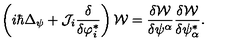
\left( i \hbar \Delta _ { \psi } + { \cal J } _ { i } \frac { \delta } { \delta \varphi _ { i } ^ { * } } \right) { \cal W } = \frac { \delta { \cal W } } { \delta \psi ^ { \alpha } } \frac { \delta { \cal W } } { \delta \psi _ { \alpha } ^ { * } } .